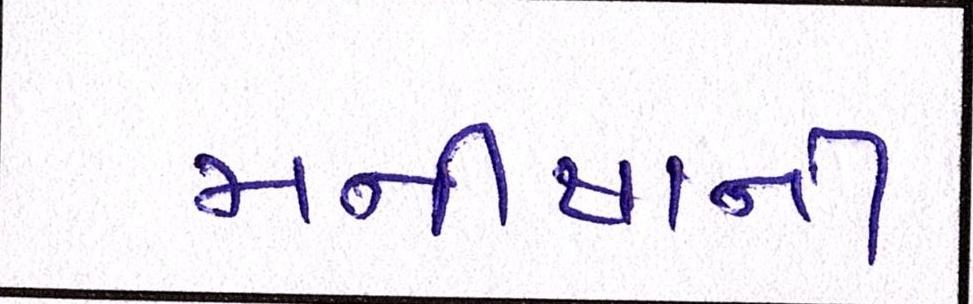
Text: મનીષાની